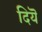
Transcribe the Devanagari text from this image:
दियॆ